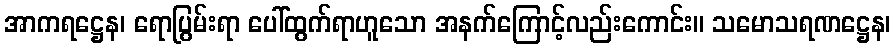
အာကရဋ္ဌေန၊ ရောပြွမ်းရာ ပေါ်ထွက်ရာဟူသော အနက်ကြောင့်လည်းကောင်း။ သမောသရဏဋ္ဌေန၊